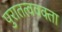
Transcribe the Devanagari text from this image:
पुरातत्ववक्ता